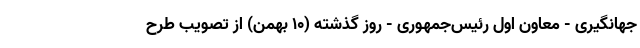
جهانگیری - معاون اول رئیس‌جمهوری - روز گذشته (۱۰ بهمن) از تصویب طرح